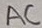
Text: AC